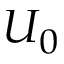
U _ { 0 }